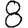
Digit: 8